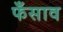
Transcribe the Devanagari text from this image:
फँसाव